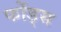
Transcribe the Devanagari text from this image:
फोंड्स